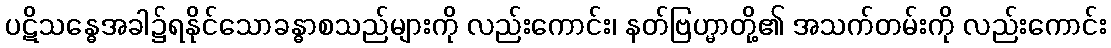
ပဋိသန္ဓေအခါ၌ရနိုင်သောခန္ဓာစသည်များကို လည်းကောင်း၊ နတ်ဗြဟ္မာတို့၏ အသက်တမ်းကို လည်းကောင်း